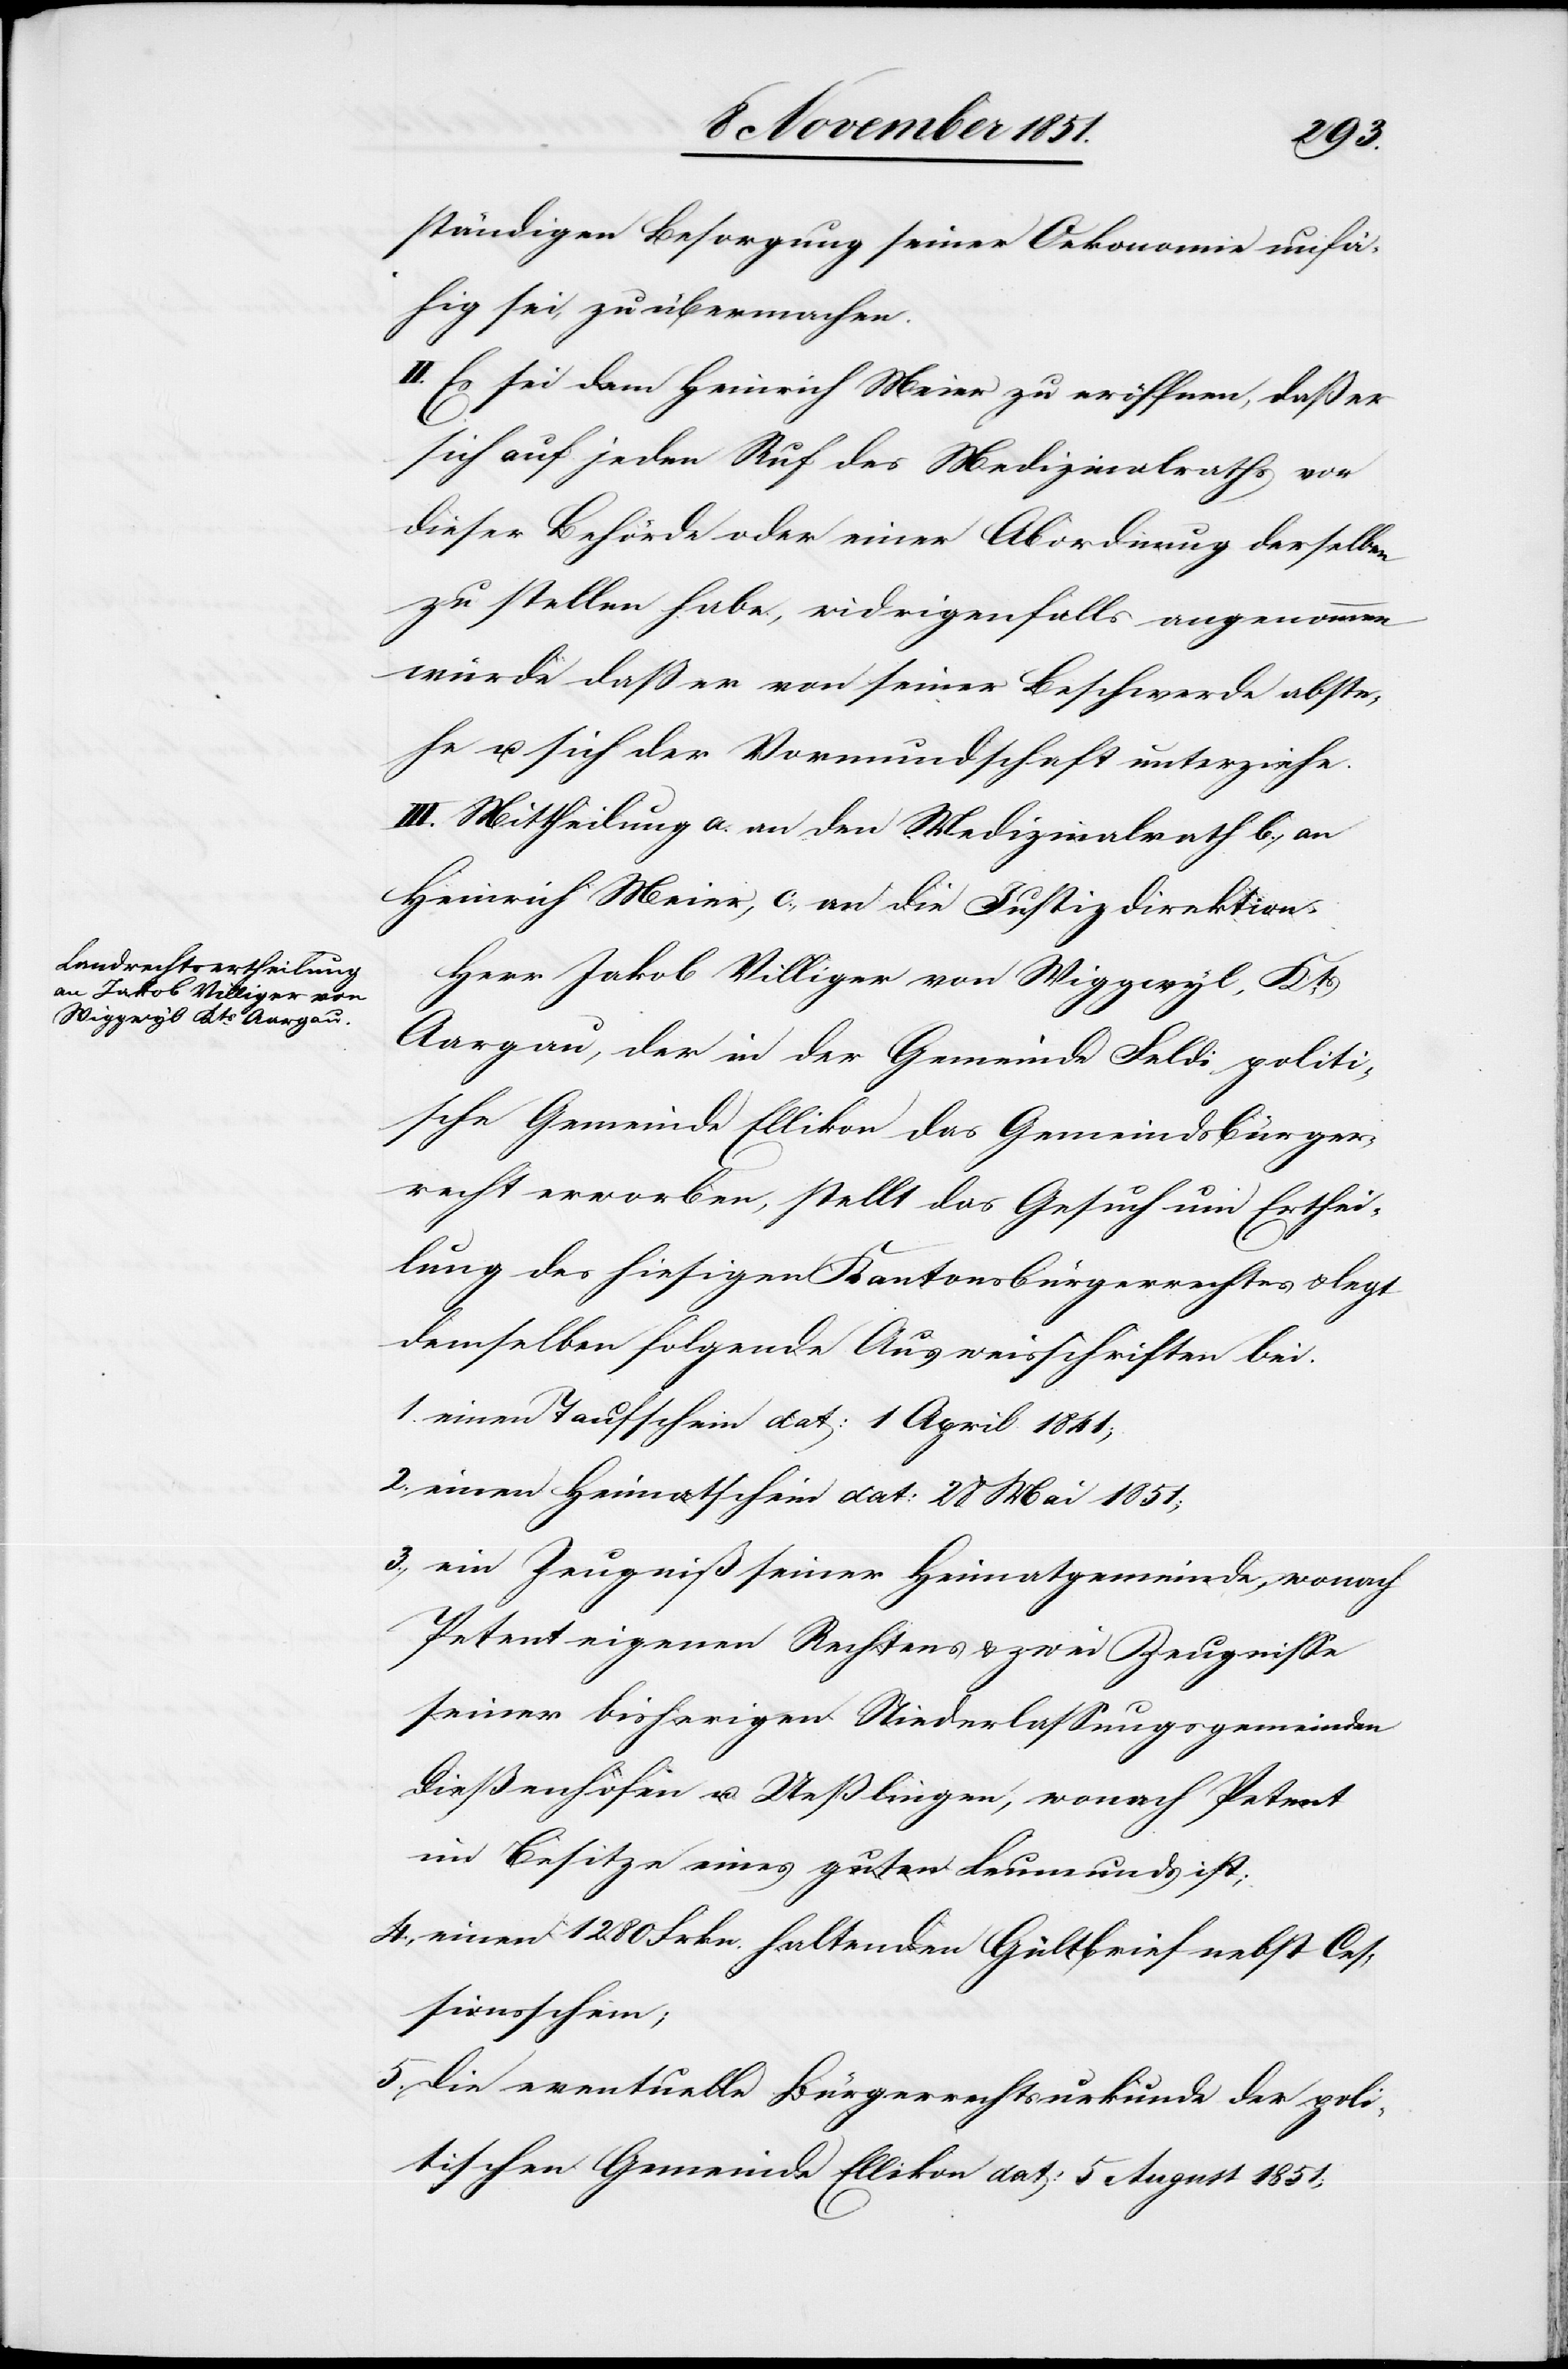
ständigen Besorgung seiner Oekonomie unfä¬
hig sei, zu übermachen.
II. Es sei dem Heinrich Meier zu eröffnen, daß er
sich auf jeden Ruf des Medizinalraths vor
dieser Behörde oder einer Abordnung derselben
zu stellen habe, widrigenfalls angenommen
würde daß er von seiner Beschwerde abste¬
he u. sich der Vormundschaft unterziehe.
III. Mittheilung a. an den Medizinalrath b., an
Heinrich Meier, c., an die Justizdirektion.
Herr Jakob Villiger von Wiggwyl, Kts.
Aargau, der in der Gemeinde Feldi politi¬
sche Gemeinde Ellikon das Gemeindsbürger¬
recht erworben, stellt das Gesuch um Erthei¬
lung des hiesigen Kantonsbürgerrechtes & legt
demselben folgende Ausweisschriften bei.
einen Taufschein dat: 1 April 1841;
einen Heimatschein dat: 28 Mai 1851;
ein Zeugniß seiner Heimatgemeinde, wonach
Petent eigenen Rechtens & zwei Zeugnisse
seiner bisherigen Niederlassungsgemeinden
Dießenhofen u. Ueßlingen, wonach Petent
im Besitze eines guten Leumunds ist;
einen 1280 Frkn. haltenden Gültbrief nebst Ces¬
sionsschein;
die eventuelle Bürgerrechtsurkunde der poli¬
tischen Gemeinde Ellikon dat: 5 August 1851;